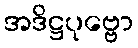
အဒိဋ္ဌပုဗ္ဗော